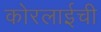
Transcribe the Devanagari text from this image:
कोरलाईची